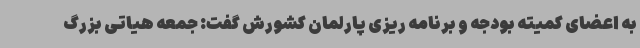
به اعضای کمیته بودجه و برنامه ریزی پارلمان کشورش گفت: جمعه هیاتی بزرگ